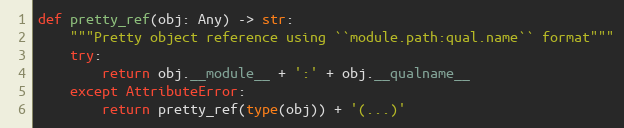
Language: Python
def pretty_ref(obj: Any) -> str:
    """Pretty object reference using ``module.path:qual.name`` format"""
    try:
        return obj.__module__ + ':' + obj.__qualname__
    except AttributeError:
        return pretty_ref(type(obj)) + '(...)'